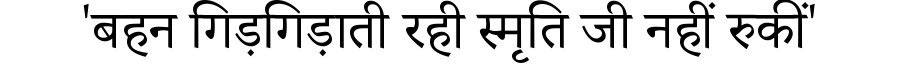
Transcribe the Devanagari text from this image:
'बहन गिड़गिड़ाती रही स्मृति जी नहीं रुकीं'